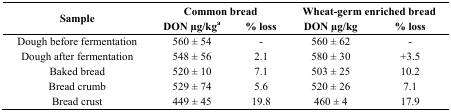
| <ROWSPAN=2> Sample | <COLSPAN=2> Common bread | <COLSPAN=2> Wheat-germ enriched bread |
 | DON μg/kga | % loss | DON μg/kg | % loss |
 | --- | --- | --- | --- | --- |
 | Dough before fermentation | 560 ± 54 | - | 560 ± 62 | - |
 | Dough after fermentation | 548 ± 56 | 2.1 | 580 ± 30 | +3.5 |
 | Baked bread | 520 ± 10 | 7.1 | 503 ± 25 | 10.2 |
 | Bread crumb | 529 ± 74 | 5.6 | 520 ± 26 | 7.1 |
 | Bread crust | 449 ± 45 | 19.8 | 460 ± 4 | 17.9 |